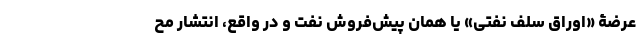
عرضۀ «اوراق سَلَف نفتی» یا همان پیش‌فروش نفت و در واقع، انتشار مح